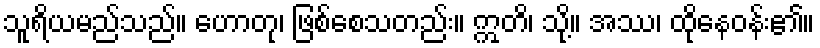
သူရိယမည်သည်။ ဟောတု၊ ဖြစ်စေသတည်း။ ဣတိ၊ သို့။ အဿ၊ ထိုနေဝန်း၏။